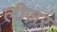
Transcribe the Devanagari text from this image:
लीज़र